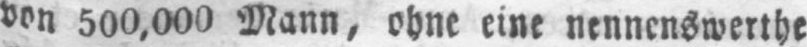
von 500,000 Mann, ohne eine nennenswerthe